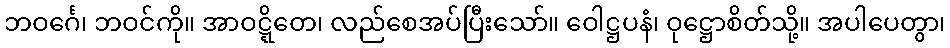
ဘဝင်္ဂေ၊ ဘဝင်ကို။ အာဝဋ္ဋိတေ၊ လည်စေအပ်ပြီးသော်။ ဝေါဋ္ဌပနံ၊ ဝုဋ္ဌောစိတ်သို့။ အပါပေတွာ၊